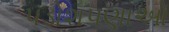
પડોશપણાઓ